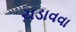
ચડાવવા